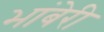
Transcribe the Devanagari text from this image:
भांबेरी